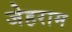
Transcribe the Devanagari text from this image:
जेहराम